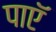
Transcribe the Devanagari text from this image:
पाएॅ